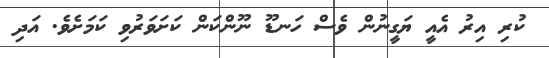
ކުރި އިރު އެއީ ޔަގީނުން ވެސް ހަނޑޫ ނޫންކަން ކަށަވަރުވި ކަމަށެވެ. އަދި